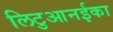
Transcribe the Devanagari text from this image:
लिटुआनईका